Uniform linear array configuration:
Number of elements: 32
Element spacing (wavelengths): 0.25
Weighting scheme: hann
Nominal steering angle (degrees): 0
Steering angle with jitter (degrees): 0.005634
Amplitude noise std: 0.05
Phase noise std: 0.05

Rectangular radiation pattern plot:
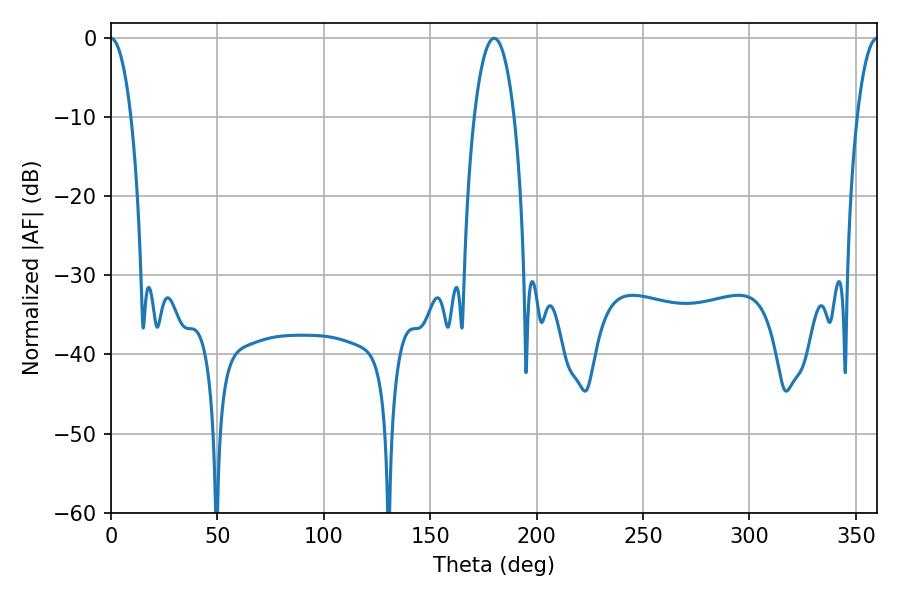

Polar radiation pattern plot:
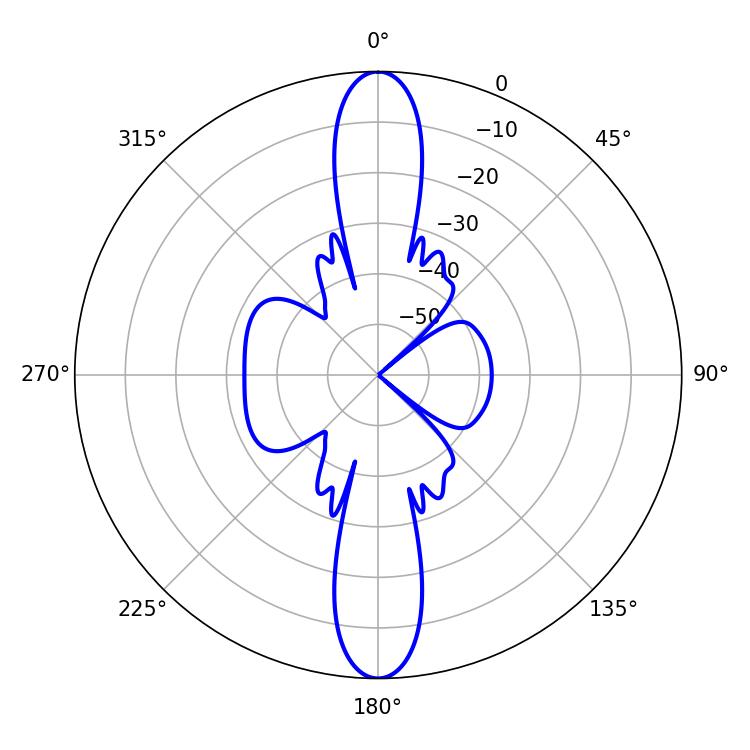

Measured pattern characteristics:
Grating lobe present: FALSE
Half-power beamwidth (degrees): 5.22
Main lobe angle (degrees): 0